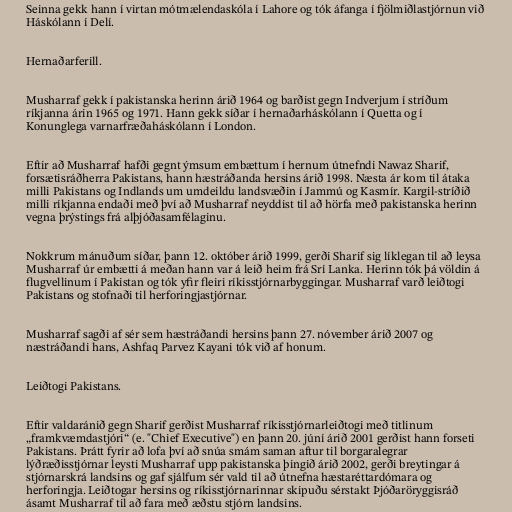
Seinna gekk hann í virtan mótmælendaskóla í Lahore og tók áfanga í fjölmiðlastjórnun við
Háskólann í Delí.

Hernaðarferill.

Musharraf gekk í pakistanska herinn árið 1964 og barðist gegn Indverjum í stríðum
ríkjanna árin 1965 og 1971. Hann gekk síðar í hernaðarháskólann í Quetta og í
Konunglega varnarfræðaháskólann í London.

Eftir að Musharraf hafði gegnt ýmsum embættum í hernum útnefndi Nawaz Sharif,
forsætisráðherra Pakistans, hann hæstráðanda hersins árið 1998. Næsta ár kom til átaka
milli Pakistans og Indlands um umdeildu landsvæðin í Jammú og Kasmír. Kargil-stríðið
milli ríkjanna endaði með því að Musharraf neyddist til að hörfa með pakistanska herinn
vegna þrýstings frá alþjóðasamfélaginu.

Nokkrum mánuðum síðar, þann 12. október árið 1999, gerði Sharif sig líklegan til að leysa
Musharraf úr embætti á meðan hann var á leið heim frá Srí Lanka. Herinn tók þá völdin á
flugvellinum í Pakistan og tók yfir fleiri ríkisstjórnarbyggingar. Musharraf varð leiðtogi
Pakistans og stofnaði til herforingjastjórnar.

Musharraf sagði af sér sem hæstráðandi hersins þann 27. nóvember árið 2007 og
næstráðandi hans, Ashfaq Parvez Kayani tók við af honum.

Leiðtogi Pakistans.

Eftir valdaránið gegn Sharif gerðist Musharraf ríkisstjórnarleiðtogi með titlinum
„framkvæmdastjóri“ (e. "Chief Executive") en þann 20. júní árið 2001 gerðist hann forseti
Pakistans. Þrátt fyrir að lofa því að snúa smám saman aftur til borgaralegrar
lýðræðisstjórnar leysti Musharraf upp pakistanska þingið árið 2002, gerði breytingar á
stjórnarskrá landsins og gaf sjálfum sér vald til að útnefna hæstaréttardómara og
herforingja. Leiðtogar hersins og ríkisstjórnarinnar skipuðu sérstakt Þjóðaröryggisráð
ásamt Musharraf til að fara með æðstu stjórn landsins.